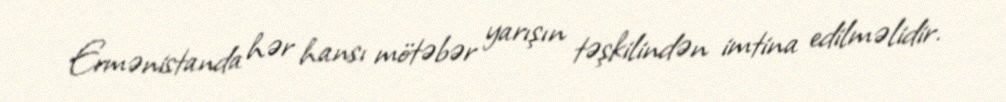
Ermənistanda hər hansı mötəbər yarışın təşkilindən imtina edilməlidir.